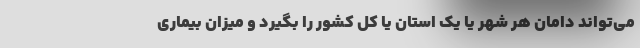
می‌تواند دامان هر شهر یا یک استان یا کل کشور را بگیرد و میزان بیماری